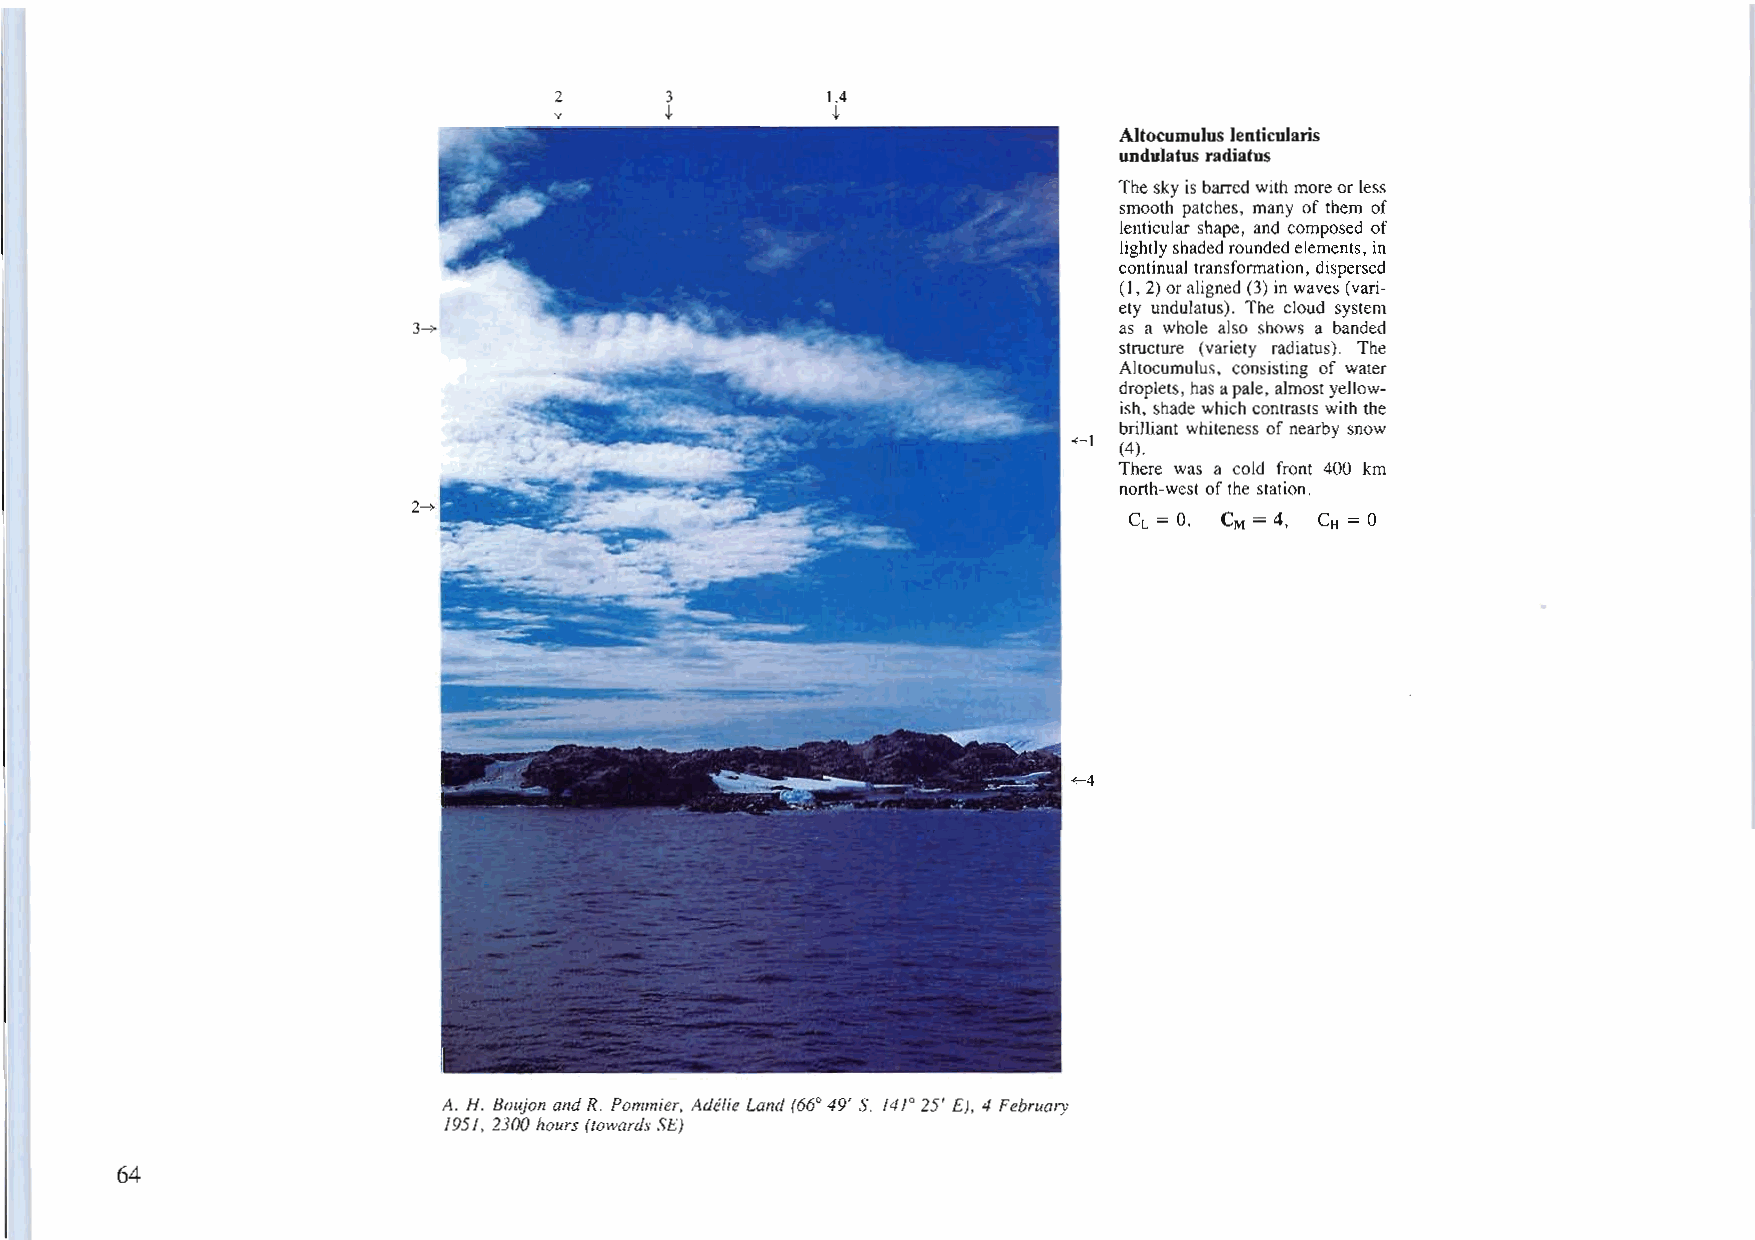
2      3          lA
 +      +          +
 Altocumulus lenticularis
 undulatus radiatus
 Theskyis barredwith moreorless
 smooth patches, many of them of
 lenticular shape, and composed of
 lightlyshadedroundedelements,in
 continualtransformation, dispersed
 (I, 2)oraligned(3) in waves(vari
 ety undulatus). The cloud system
 as a whole also shows a banded
 structure (variety radiatus). The
 Altocumulus, consisting of water
 droplets, hasapale, almostyellow
 ish, shade which contrasts with the
 brilliant whiteness of nearby snow
 +-1
 (4).
 There was a cold front 400 km
 north-west ofthe station.
 2-+
 CL = 0, CM = 4, CH = 0
 +-4
 A. H. Boujon andR. Pommier, Adrflie Land (660 49' S, /4/0 25' E), 4 February
 /95/, 2300 hours (towards SE)
 64